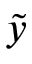
\Tilde { y }